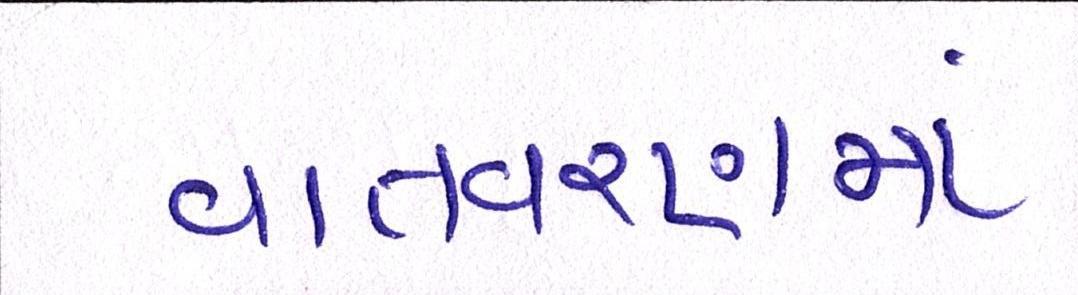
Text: વાતવરણમાં